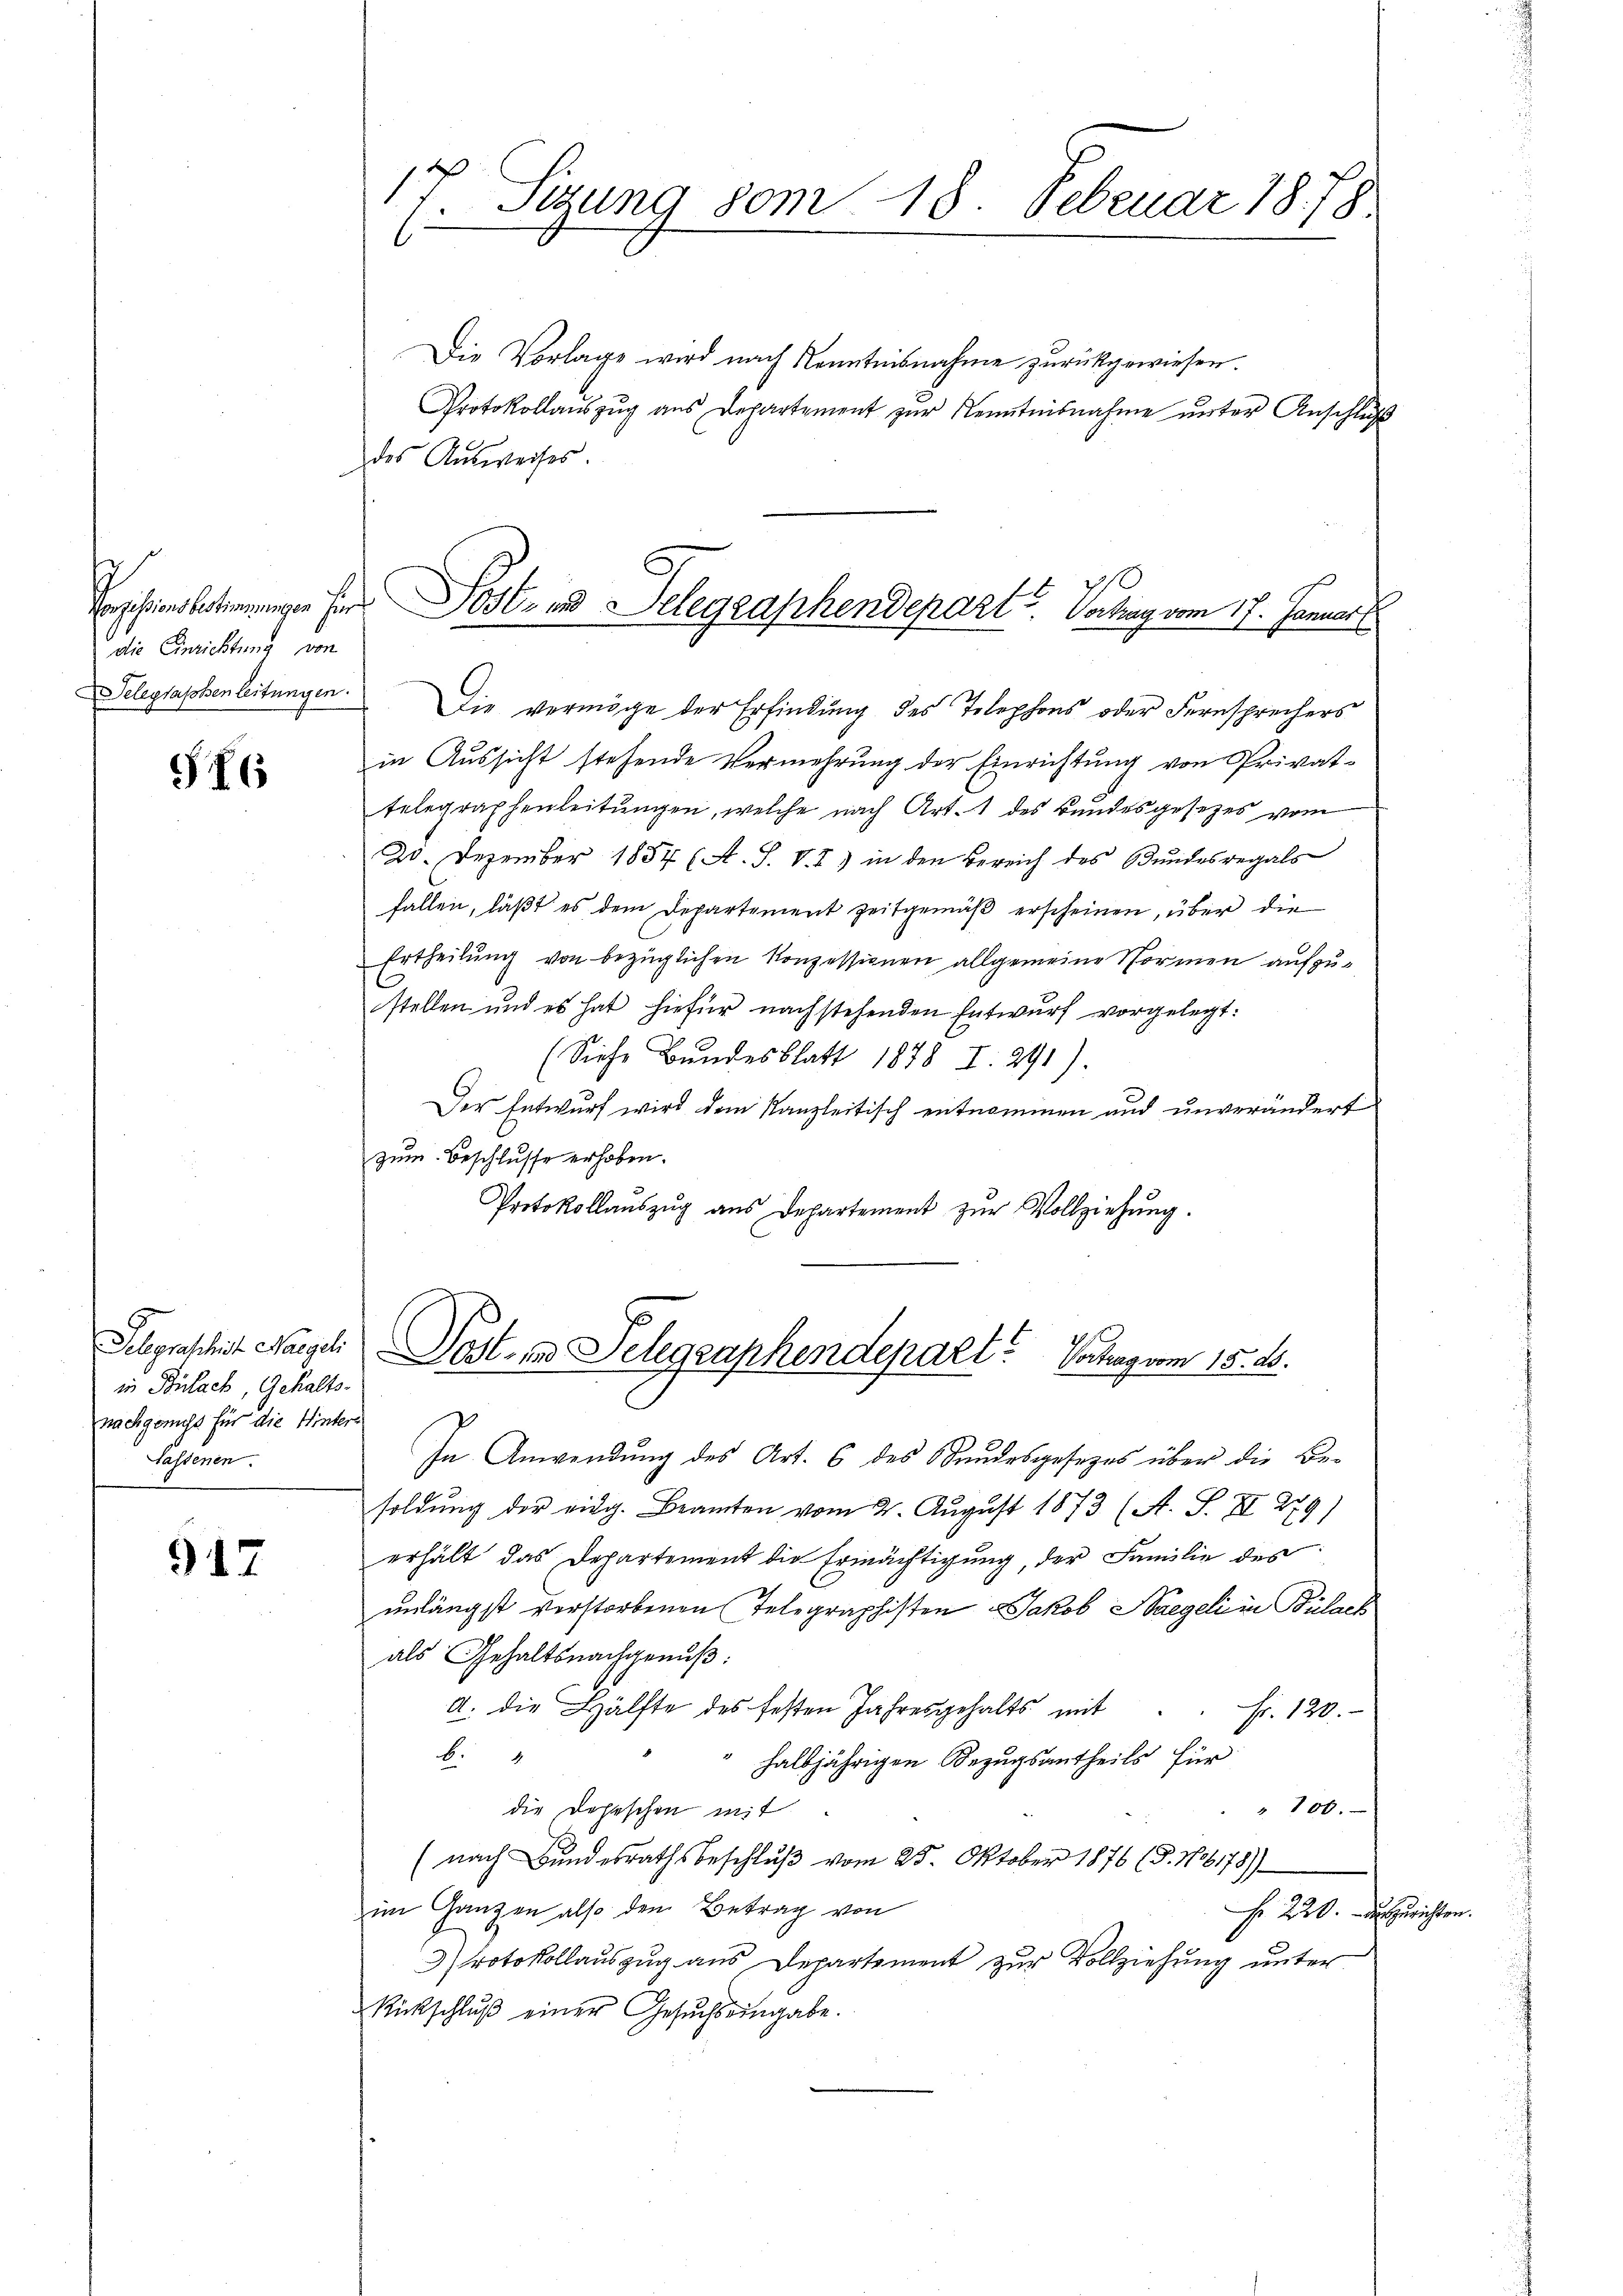
die Einrichtung von

S 6

Die Vorlage wird nach Kenntnisnahme zurückgewiesen.
Protokollaŭszŭg aŭs Departement zŭr Kenntnisnahme ŭnter Anschlŭβ
des Aŭsweises.

in Bülach, Gehaltsnachgeniess für die Hinterlastenen.

917

17 Sizung vom 18. Februar 1878
1

Vaihionsbestimmungen für Post- und Delegraphendepart. Vortrag vom 17. Januar

Telegraphenleitungen. Die vermöge der Erfindung des Telephons oder Fernsprechers
in Aussicht stehende Vermehrung der Einrichtung von Privat-
telegraphenleitungen, welche nach Art. 1 des Bundesgesetzes vom
25. Dezember 1887 (A. S. V. I) in den Bereich des Bundesregals
fallen, läßt es dem Departement zeitgemäß erscheinen, über die
Ertheilung von bezüglichen Konzessionen allgemeine Normen aufzustellen und es hat hiefür nachstehenden Entwurf vorgelegt:
(Siehe Bundesblatt 1878 I. 291).
Der Entwurf wird dem Kanzleitisch entnommen und unverändert
zum Beschlusse erhoben.
Protokollaŭszŭg ans Departement zŭr Vollziehŭng.
In Anwendung des Art. 6 des Stundesgesezes über die Besoldung der eidg. Beamten vom 2. August 1873 (A. S. II 279)
erhält das Departement die Ermächtigung, der Familie des
unlängst verstorbenen Telegraphisten Jakob Bregeli in Bülach
als Gehaltsnachgenuß:
A. die Hälfte des festen Jahresgehalts mit . . fr. 120.
b
halbjährigen Bezugsantheils für
" 100.
die Depeschen mit
(nach Bundesrathsbeschluß vom 25. Oktober 1876 (8. No 6178)
im Ganzen also den Betrag von
Fr. 220. Auszurichten
rotokollauszug aus Departement zur Vollziehung unter
Rückschlŭβ einer Gesŭchs eingabe.

Selgraschit Nargeli Post- und Telegraphendepart. Hochag vom 15. 25.